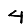
Digit: 4